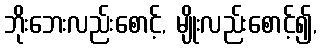
ဘိုးဘေးလည်းစောင့်, မျိုးလည်းစောင့်၍,